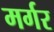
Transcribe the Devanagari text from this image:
मर्गर